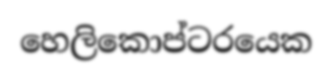
හෙලිකොප්ටරයෙක